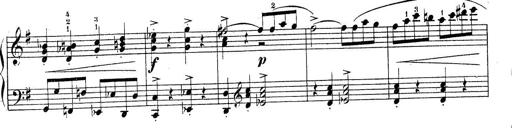
Title: Piano Sonatine No.2
Composer: Peter Piel
Key: G major